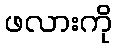
ဖလားကို